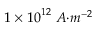
1 \times { 1 0 } ^ { 1 2 } \ { A } { { · } } { { m } } ^ { { - 2 } }